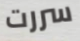
سررت